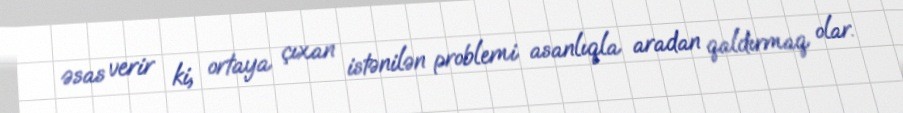
əsas verir ki, ortaya çıxan istənilən problemi asanlıqla aradan qaldırmaq olar.